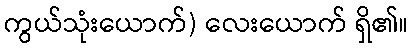
ကွယ်သုံးယောက်) လေးယောက် ရှိ၏။